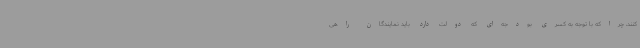
کنند، چراکه با توجه به کسری بودجه‌ای که دولت دارد باید نمایندگان راهی